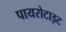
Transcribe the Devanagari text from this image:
पायरोटाइट